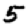
Digit: 5